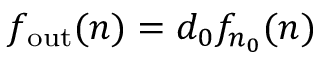
f _ { \mathrm { o u t } } ( n ) = d _ { 0 } f _ { n _ { 0 } } ( n )